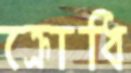
ক্রোধি